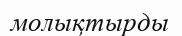
молықтырды